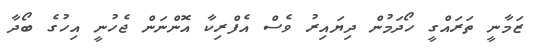
ޒަމާނީ ތަރައްގީ ހޯދަމުން ދިޔައިރު ވެސް އެފްރިކާ އޮންނަން ޖެހުނީ އިހުގެ ބޯދާ